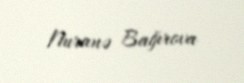
Nuranə Bağırova